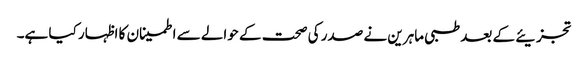
تجزیئے کے بعد طبی ماہرین نے صدر کی صحت کے حوالے سے اطمینان کا اظہار کیا ہے۔